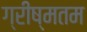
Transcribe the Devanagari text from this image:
ग्रीष्मतम